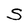
Character: S